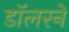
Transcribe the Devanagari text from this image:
डॉलरने